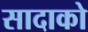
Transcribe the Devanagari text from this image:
सादाको